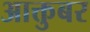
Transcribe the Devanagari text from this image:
आक्तुबर